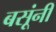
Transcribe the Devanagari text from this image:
बसूंनी